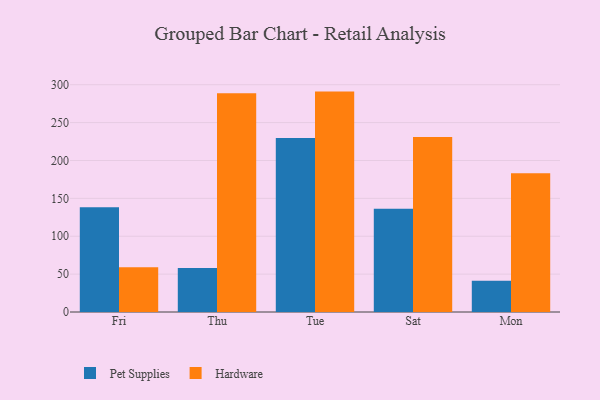
{"axis": {"x": "Day", "y": "Conversion Rate (%)"}, "legend": ["Hardware", "Pet Supplies"], "data": [{"x": "Fri", "y": 138.2, "type": "Pet Supplies"}, {"x": "Fri", "y": 59.2, "type": "Hardware"}, {"x": "Thu", "y": 58.2, "type": "Pet Supplies"}, {"x": "Thu", "y": 288.8, "type": "Hardware"}, {"x": "Tue", "y": 229.6, "type": "Pet Supplies"}, {"x": "Tue", "y": 290.9, "type": "Hardware"}, {"x": "Sat", "y": 136.4, "type": "Pet Supplies"}, {"x": "Sat", "y": 231.1, "type": "Hardware"}, {"x": "Mon", "y": 41.4, "type": "Pet Supplies"}, {"x": "Mon", "y": 183.2, "type": "Hardware"}]}